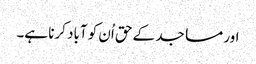
اور مساجد کے حق اُن کو آباد کرنا ہے۔